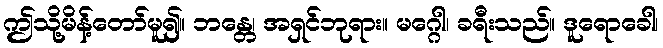
ဤသို့မိန့်တော်မူ၍။ ဘန္တေ၊ အရှင်ဘုရား။ မဂ္ဂေါ၊ ခရီးသည်။ ဒူရောခေါ၊